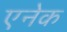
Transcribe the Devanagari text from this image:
एनेक